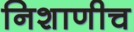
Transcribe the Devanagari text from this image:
निशाणीच